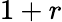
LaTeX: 1+r